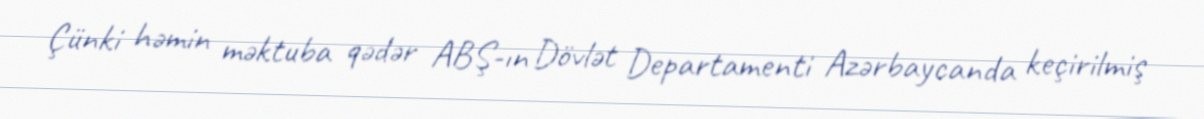
Çünki həmin məktuba qədər ABŞ-ın Dövlət Departamenti Azərbaycanda keçirilmiş